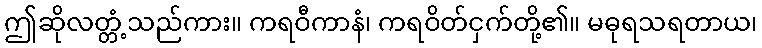
ဤဆိုလတ္တံ့သည်ကား။ ကရဝီကာနံ၊ ကရဝိတ်ငှက်တို့၏။ မဓုရသရတာယ၊